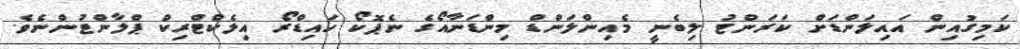
ކަމިގުއިން އައިލަންޑަށް ކަރަންޓު ލިބެނީ މެއިންލަންޑް މިންޑަނާއޯގެ ނެޕޮކޯ ހައިޑްރޯ އިލެކްޓްރިކް ޕްލާންޓުންނެވެ.